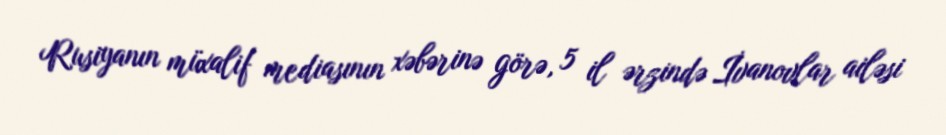
Rusiyanın müxalif mediasının xəbərinə görə, 5 il ərzində İvanovlar ailəsi